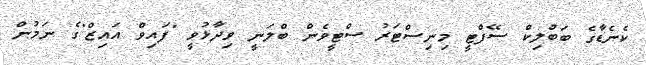
ކެނެޑާގެ ބަބްލިކް ސޭފްޓީ މިނިސްޓަރު ސްޓީވެން ބްލަނީ ވިދާޅުވީ "ފައިވް އައިޒް"ގެ ނަމުން